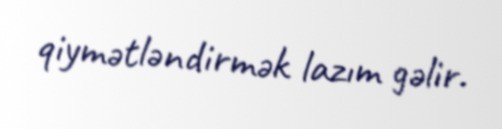
qiymətləndirmək lazım gəlir.